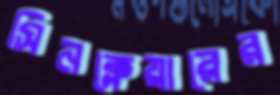
সিনক্লেয়ারের